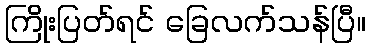
ကြိုးပြတ်ရင် ခြေလက်သန်ပြီ။